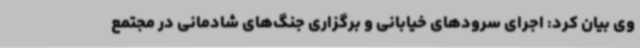
وی بیان کرد: اجرای سرودهای خیابانی و برگزاری جنگ‌های شادمانی در مجتمع